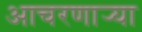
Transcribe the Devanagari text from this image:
आचरणार्‍या